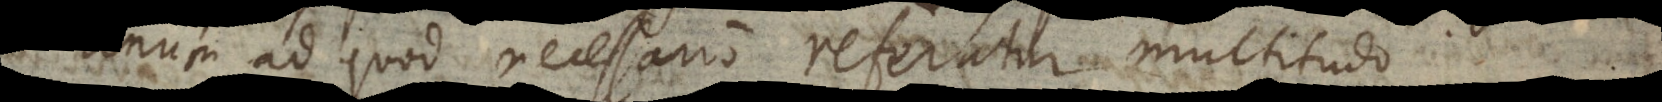
unum ad quod necessario referatur multitudo.